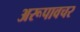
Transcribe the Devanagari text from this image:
अरूपावचर